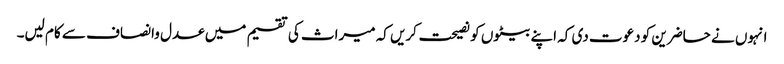
انہوں نے حاضرین کو دعوت دی کہ اپنے بیٹوں کو نصیحت کریں کہ میراث کی تقسیم میں عدل وانصاف سے کام لیں۔